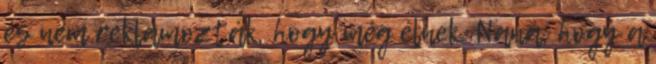
és nem reklámozták, hogy még élnek. Naná, hogy a